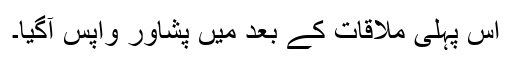
اس پہلی ملاقات کے بعد میں پشاور واپس آگیا۔